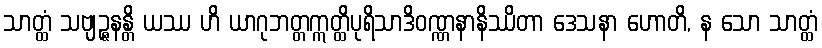
သာတ္ထံ သဗျဉ္ဇနန္တိ ယဿ ဟိ ယာဂုဘတ္တဣတ္ထိပုရိသာဒိဝဏ္ဏနာနိဿိတာ ဒေသနာ ဟောတိ, န သော သာတ္ထံ